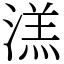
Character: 溔